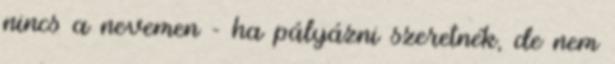
nincs a nevemen - ha pályázni szeretnék, de nem